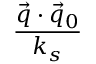
\frac { \vec { q } \cdot \vec { q } _ { 0 } } { k _ { s } }